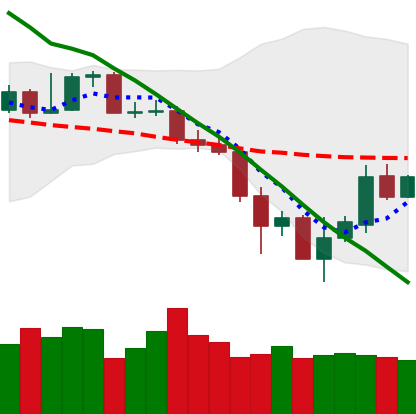
Ticker: XMR-USD
Chart end date: 2019-11-29
Forward return: -5.188%
Label: down_5_7